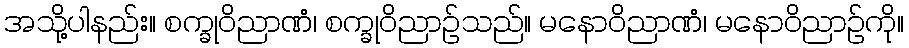
အသို့ပါနည်း။ စက္ခုဝိညာဏံ၊ စက္ခုဝိညာဉ်သည်။ မနောဝိညာဏံ၊ မနောဝိညာဉ်ကို။